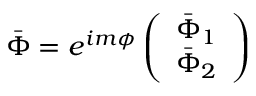
\bar { \Phi } = e ^ { i m \phi } \left( \begin{array} { c } { { \bar { \Phi } _ { 1 } } } \\ { { \bar { \Phi } _ { 2 } } } \end{array} \right)